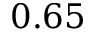
0 . 6 5